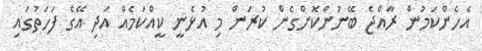
އެހެންކަމުން ރާއްޖެ ބޭނުންކޮށްގެން ކުރަން މި އުޅެނީ ކީއްކަމެއް އަދި އޭގެ ފަހަތުގައި